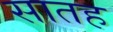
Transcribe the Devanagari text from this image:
सातह